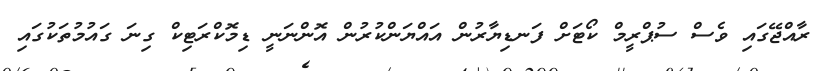
ރާއްޖޭގައި ވެސް ސުޕްރީމް ކޯޓަށް ފަނޑިޔާރުން އައްޔަންކުރުން އޮންނަނީ ޑިމޮކްރަޓިކް ގިނަ ގައުމުތަކުގައި